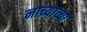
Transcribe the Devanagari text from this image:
नाच्याच्या